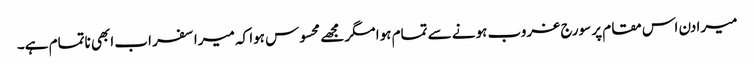
میرا دن اس مقام پر سورج غروب ہونے سے تمام ہوا مگر مجھے محسوس ہوا کہ میرا سفر اب ابھی ناتمام ہے۔